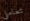
تعاملي